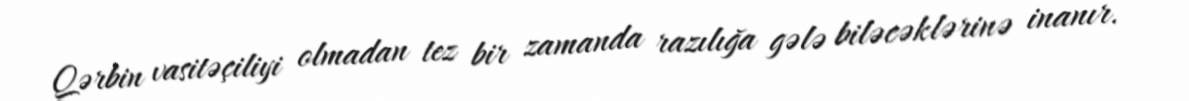
Qərbin vasitəçiliyi olmadan tez bir zamanda razılığa gələ biləcəklərinə inanır.